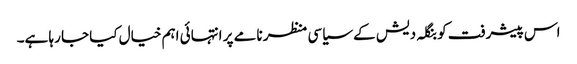
اس پیشرفت کو بنگلہ دیش کے سیاسی منظر نامے پر انتہائی اہم خیال کیا جا رہا ہے۔